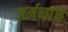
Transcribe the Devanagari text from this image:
जर्मनांचे